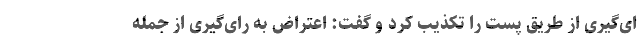
ای‌گیری از طریق پست را تکذیب کرد و گفت: اعتراض به رای‌گیری از جمله